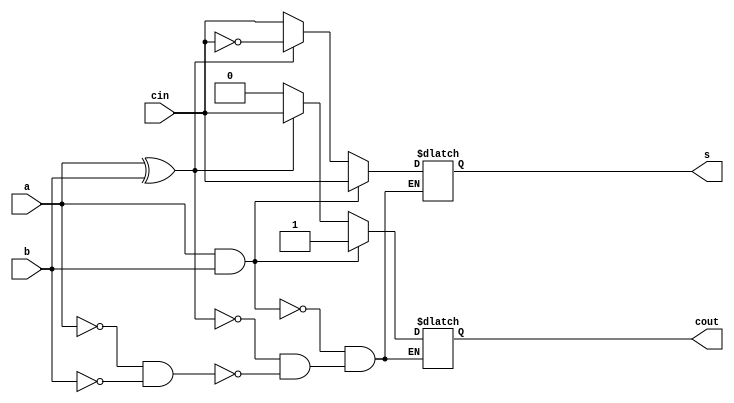
module adder_subtractor (a,b,cin,s,cout);
	input a,b,cin;
	output reg s,cout;
	
	always@ (a or b or cin)
	begin
		if(a==0 && b==0)
		begin
			s=cin;
			cout=0;
		end
		if(a ^ b==1)
		begin
			s=!cin;
			cout=cin;
		end
		if(a==1 && b==1)
		begin
			s=cin;
			cout=1;
		end
	end
endmodule